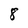
Character: 8